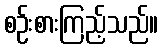
စဉ်းစားကြည့်သည်။